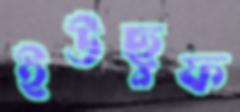
ইউছুফ